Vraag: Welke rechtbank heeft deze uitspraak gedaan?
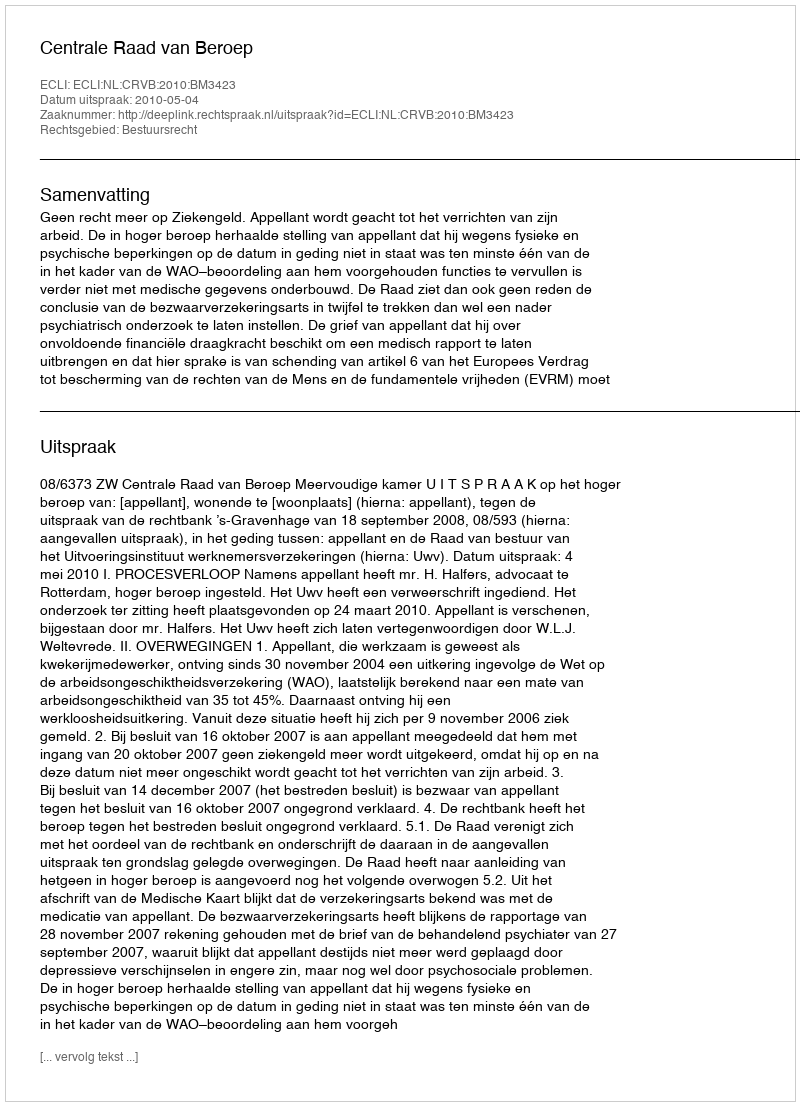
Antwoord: Centrale Raad van Beroep